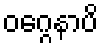
ဝဂ္ဂေနာပိ